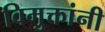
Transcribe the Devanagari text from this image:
विमुक्तांनी